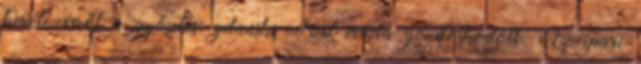
keretezésről a győztes, gdański Fort iroda gondoskodott. Az ipari